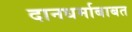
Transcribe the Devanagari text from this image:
दानधर्माबाबत